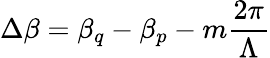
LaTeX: \Delta\beta=\beta_{q}-\beta_{p}-m\frac{2\pi}{\Lambda}